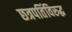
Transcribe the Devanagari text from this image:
छत्रपतिंविरुद्ध